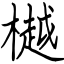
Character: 樾